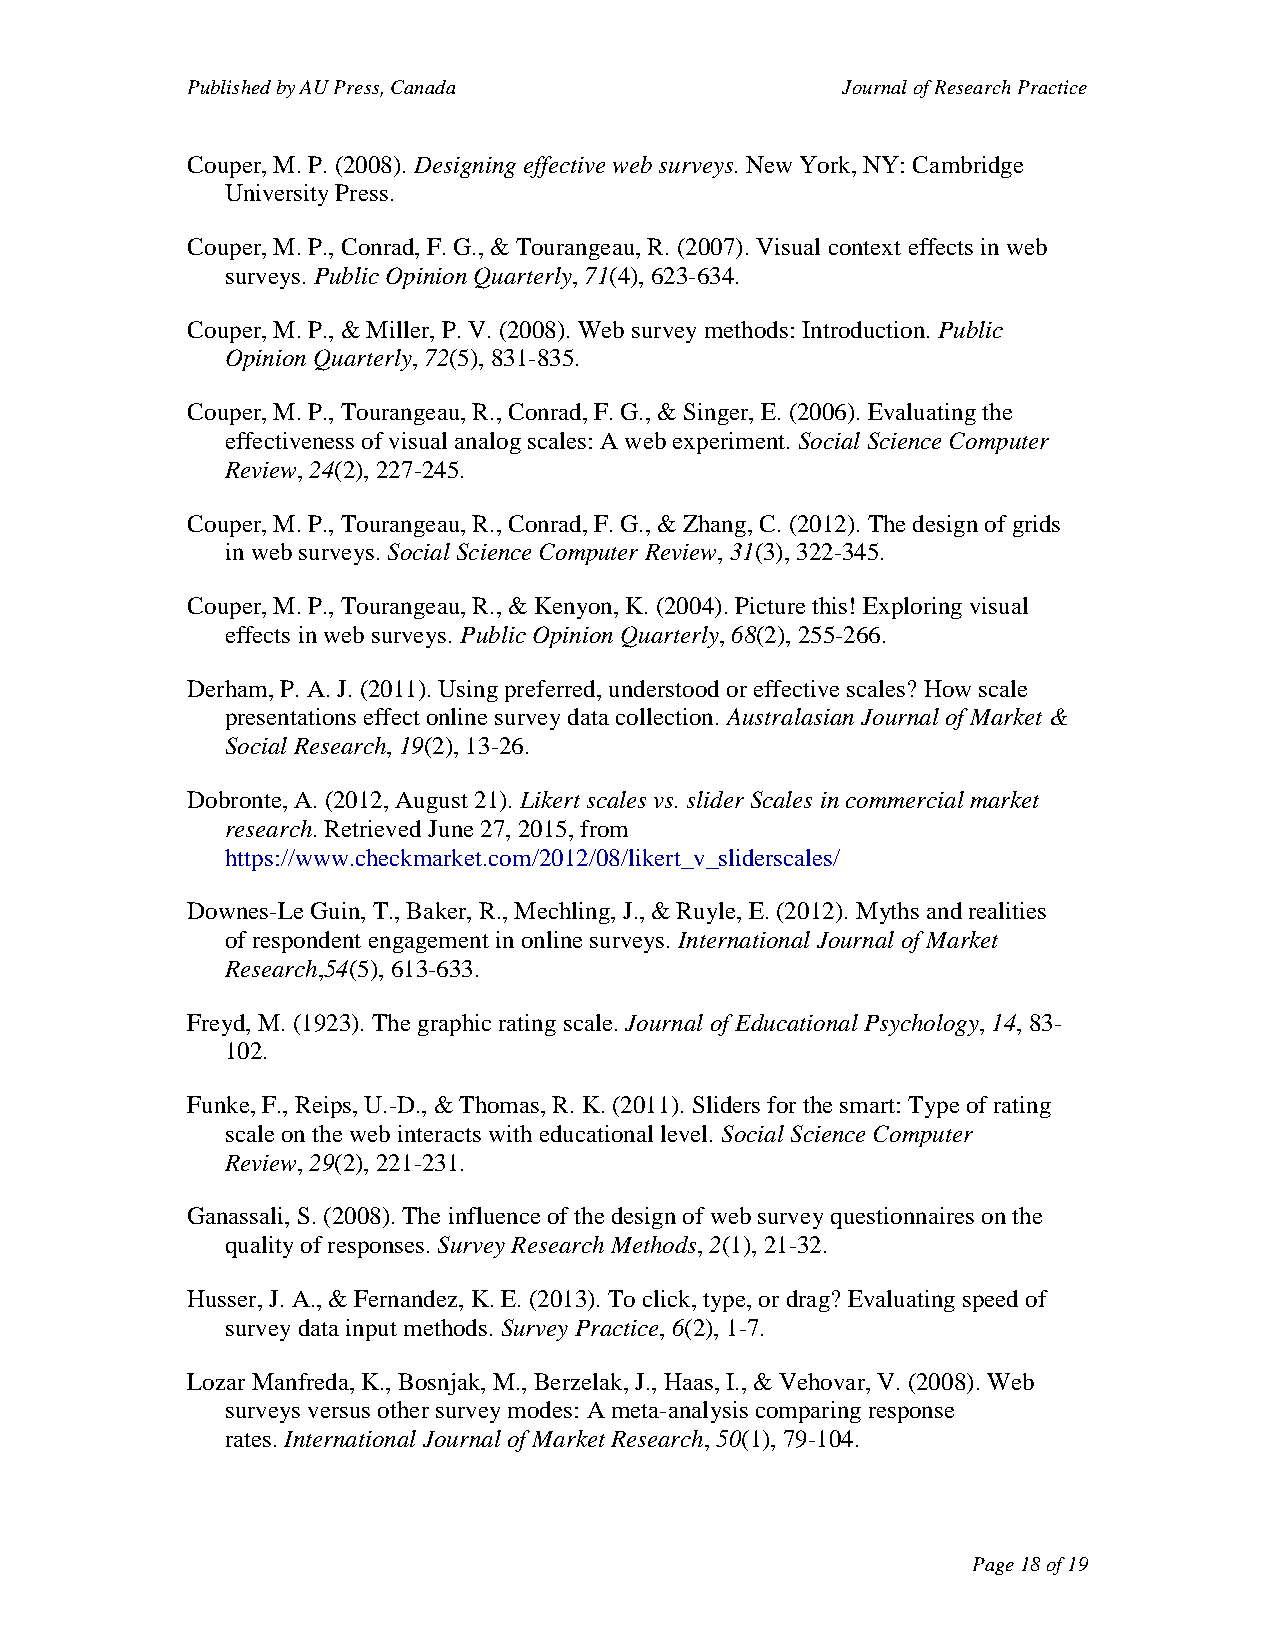
Published by AU Press, Canada               Journal of Research Practice
 Couper, M. P. (2008). Designing effective web surveys. New York, NY: Cambridge
 University Press.
 Couper, M. P., Conrad, F. G., & Tourangeau, R. (2007). Visual context effects in web
 surveys. Public Opinion Quarterly, 71(4), 623-634.
 Couper, M. P., & Miller, P. V. (2008). Web survey methods: Introduction. Public
 Opinion Quarterly, 72(5), 831-835.
 Couper, M. P., Tourangeau, R., Conrad, F. G., & Singer, E. (2006). Evaluating the
 effectiveness of visual analog scales: A web experiment. Social Science Computer
 Review, 24(2), 227-245.
 Couper, M. P., Tourangeau, R., Conrad, F. G., & Zhang, C. (2012). The design of grids
 in web surveys. Social Science Computer Review, 31(3), 322-345.
 Couper, M. P., Tourangeau, R., & Kenyon, K. (2004). Picture this! Exploring visual
 effects in web surveys. Public Opinion Quarterly, 68(2), 255-266.
 Derham, P. A. J. (2011). Using preferred, understood or effective scales? How scale
 presentations effect online survey data collection. Australasian Journal of Market &
 Social Research, 19(2), 13-26.
 Dobronte, A. (2012, August 21). Likert scales vs. slider Scales in commercial market
 research. Retrieved June 27, 2015, from
 https://www.checkmarket.com/2012/08/likert_v_sliderscales/
 Downes-Le Guin, T., Baker, R., Mechling, J., & Ruyle, E. (2012). Myths and realities
 of respondent engagement in online surveys. International Journal of Market
 Research,54(5), 613-633.
 Freyd, M. (1923). The graphic rating scale. Journal of Educational Psychology, 14, 83-
 102.
 Funke, F., Reips, U.-D., & Thomas, R. K. (2011). Sliders for the smart: Type of rating
 scale on the web interacts with educational level. Social Science Computer
 Review, 29(2), 221-231.
 Ganassali, S. (2008). The influence of the design of web survey questionnaires on the
 quality of responses. Survey Research Methods, 2(1), 21-32.
 Husser, J. A., & Fernandez, K. E. (2013). To click, type, or drag? Evaluating speed of
 survey data input methods. Survey Practice, 6(2), 1-7.
 Lozar Manfreda, K., Bosnjak, M., Berzelak, J., Haas, I., & Vehovar, V. (2008). Web
 surveys versus other survey modes: A meta-analysis comparing response
 rates. International Journal of Market Research, 50(1), 79-104.
 Page 18 of 19